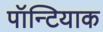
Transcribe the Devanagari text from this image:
पॉन्टियाक